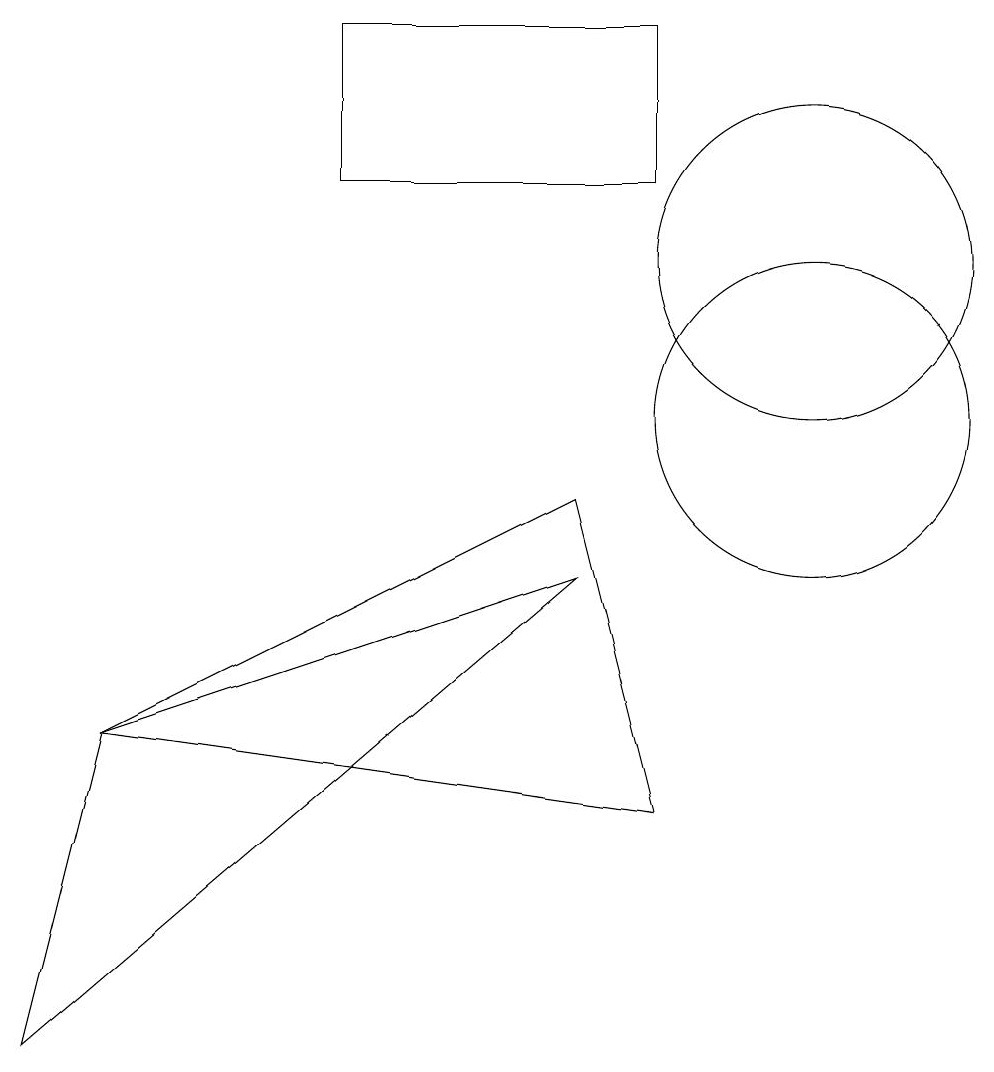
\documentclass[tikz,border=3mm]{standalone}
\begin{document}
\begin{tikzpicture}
\draw (8,9) -- (9,5) -- (2,6) -- cycle;
\draw (8,8) -- (2,6) -- (1,2) -- cycle;
\draw (5,15) rectangle (9,13);
\draw (11,10) circle (2);
\draw (11,12) circle (2);
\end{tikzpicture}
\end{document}